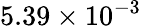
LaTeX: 5.39\times 10^{-3}